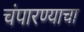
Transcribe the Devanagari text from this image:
चंपारण्याचा